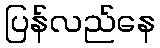
ပြန်လည်နေ